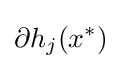
\partial h_{j}(x^{*})